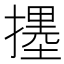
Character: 𱠳